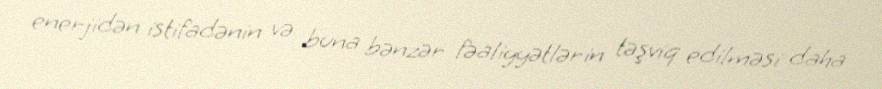
enerjidən istifadənin və buna bənzər fəaliyyətlərin təşviq edilməsi daha